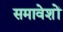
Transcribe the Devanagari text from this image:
समावेशों